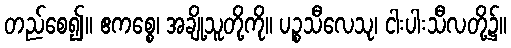
တည်စေ၍။ ဧကစ္စေ၊ အချို့သူတို့ကို။ ပဉ္စသီလေသု၊ ငါးပါးသီလတို့၌။